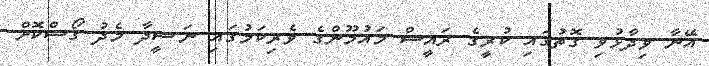
އޭނާ ވިދާޅުވި ގޮތުގައި ކުރީގެ ރައީސް މައުމޫންގެ ވެރިކަމުގައި ނަޝީދާ މެދު ގޯސްކޮށް